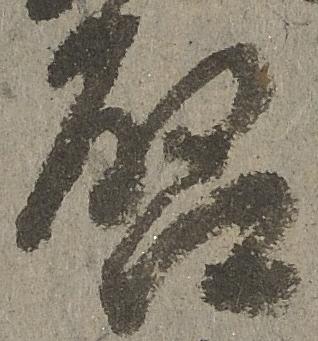
啓